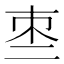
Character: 𠄬